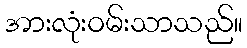
အားလုံးဝမ်းသာသည်။